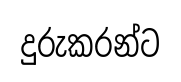
දුරුකරන්ට